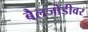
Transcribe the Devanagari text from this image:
बैलजोडीवर